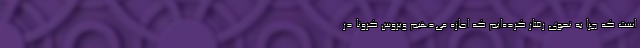
است که چرا به نحوی رفتار کرده‌ایم که اجازه می‌دهیم ویروس کرونا در